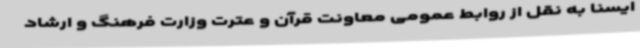
ایسنا به نقل از روابط عمومی معاونت قرآن و عترت وزارت فرهنگ و ارشاد